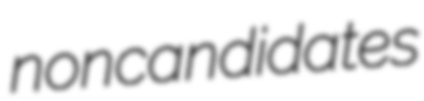
noncandidates